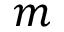
m